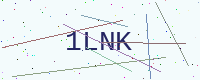
Text: 1LNK